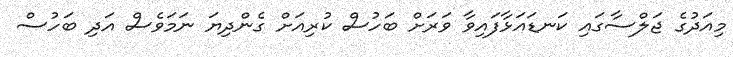
މިއަދުގެ ޖަލްސާގައި ކަނޑައަޅާފައިވާ ވަރަށް ބަހުސް ކުރިއަށް ގެންދިޔަ ނަމަވެސް އަދި ބަހުސް